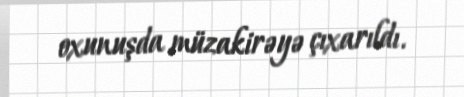
oxunuşda müzakirəyə çıxarıldı.